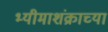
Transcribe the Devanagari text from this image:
भ्यीमाशंक्राच्या